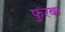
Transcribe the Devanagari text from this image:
फुरबा